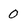
Character: 0